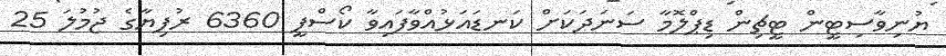
ޔުނިވާސިޓީން ޓީޗިން ޑިޕްލޮމާ ސަނަދަކަށް ކަނޑައަޅުއްވާފައިވާ ކޯސްފީ 6360 ރުފިޔާގެ ޖުމުލަ 25